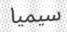
سيميا